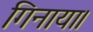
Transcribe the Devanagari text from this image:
गिनाया।